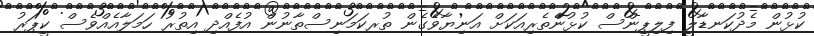
ކުޅުން މެދުކަނޑާލީ ފިލިޕީންސް ކުޅުންެތެރިއަކަށް އަނިޔާވެގެން ތުރކަމަނިސްތާނުން އުފެއްދި އިތުރު ހަމަލާއެއްވެސް ކީޕަރު